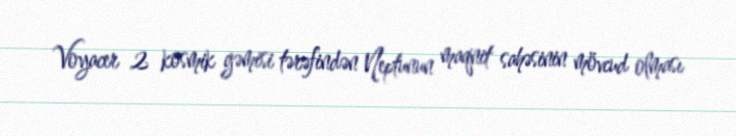
Voyacer 2 kosmik gəmisi tərəfindən Neptunun maqnit sahəsinin mövcud olması